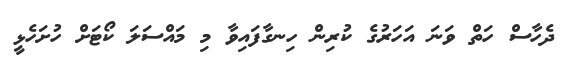
ދެހާސް ހަތް ވަނަ އަހަރުގެ ކުރިން ހިނގާފައިވާ މި މައްސަލަ ކޯޓަށް ހުށަހެޅީ